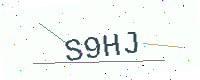
Text: S9HJ